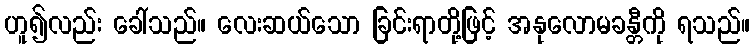
ဟူ၍လည်း ခေါ်သည်။ လေးဆယ်သော ခြင်းရာတို့ဖြင့် အနုလောမခန္တီကို ရသည်။